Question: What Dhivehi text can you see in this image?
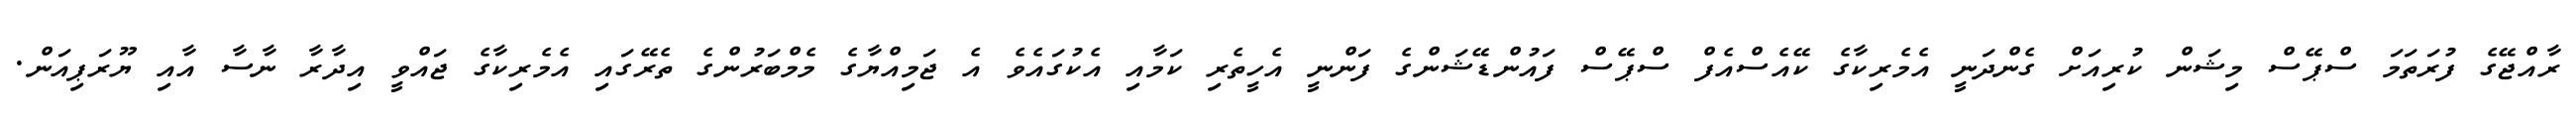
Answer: ރާއްޖޭގެ ފުރަތަމަ ސްޕޭސް މިޝަން ކުރިއަށް ގެންދަނީ އެމެރިކާގެ ކޭއެސްއެފް ސްޕޭސް ފައުންޑޭޝަންގެ ފަންނީ އެހީތެރި ކަމާއި އެކުގައެވެ އެ ޖަމިއްޔާގެ މެމްބަރުންގެ ތެރޭގައި އެމެރިކާގެ ޖައްވީ އިދާރާ ނާސާ އާއި ޔޫރަޕިއަން.